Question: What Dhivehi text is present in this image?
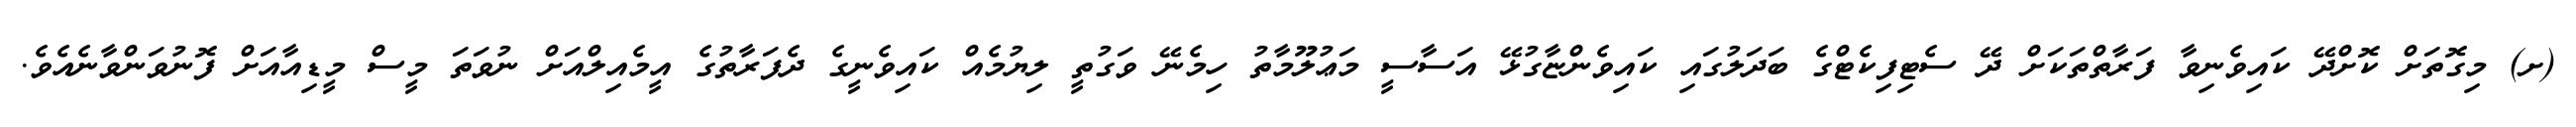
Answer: (ށ) މިގޮތަށް ކޮށްދޭ ކައިވެނިވާ ފަރާތްތަކަށް ދޭ ސެޓިފިކެޓްގެ ބަދަލުގައި ކައިވެންޏާގުޅޭ އަސާސީ މަޢުލޫމާތު ހިމެނޭ ވަގުތީ ލިޔުމެއް ކައިވެނީގެ ދެފަރާތުގެ އީމެއިލްއަށް ނުވަތަ މީސް މީޑިއާއަށް ފޮނުވަންވާނެއެވެ.